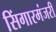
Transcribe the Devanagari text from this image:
सिंगारमंजरी